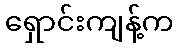
ရှောင်းကျန့်က